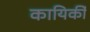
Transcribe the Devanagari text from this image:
कायिर्की